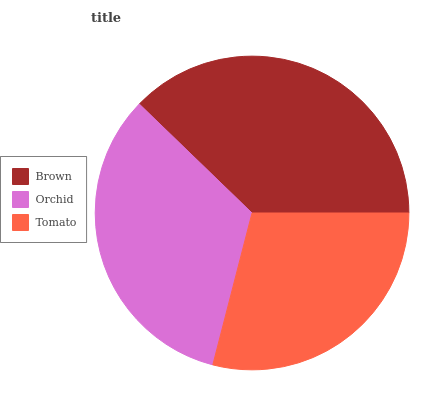
| Brown | Orchid | Tomato |
 | --- | --- | --- |
 | 37.7% | 33.3% | 29% |